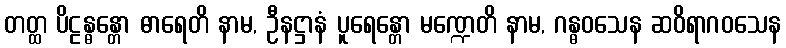
တတ္ထ ပိဠန္ဓန္တော ဓာရေတိ နာမ, ဦနဋ္ဌာနံ ပူရေန္တော မဏ္ဍေတိ နာမ, ဂန္ဓဝသေန ဆဝိရာဂဝသေန